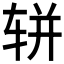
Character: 𫐌